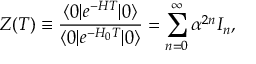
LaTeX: Z ( T ) \equiv { \frac { \langle 0 | e ^ { - H T } | 0 \rangle } { \langle 0 | e ^ { - H _ { 0 } T } | 0 \rangle } } = \sum _ { n = 0 } ^ { \infty } \alpha ^ { 2 n } I _ { n } ,